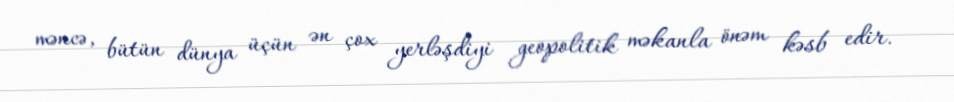
məncə, bütün dünya üçün ən çox yerləşdiyi geopolitik məkanla önəm kəsb edir.